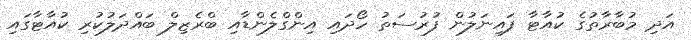
އަދި މުބާރާތުގެ ކުއާޓާ ފައިނަލުން ފުރުސަތު ހޯދައި އިންގްލެންޑާއި ބްރެޒިލް ބައްދަލުކުރި ކުއާޓާގައި